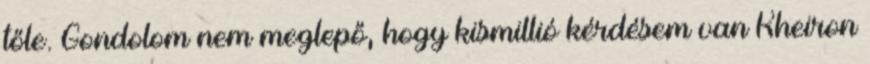
tőle. Gondolom nem meglepő, hogy kismillió kérdésem van Kheiron